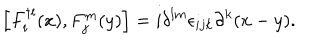
\left[ F _ { i } ^ { \dagger l } ( x ) , F _ { j } ^ { m } ( y ) \right] = i \delta ^ { l m } \epsilon _ { i j k } \partial ^ { k } ( x - y ) .